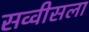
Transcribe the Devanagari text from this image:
सव्वीसला